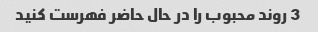
3 روند محبوب را در حال حاضر فهرست کنید